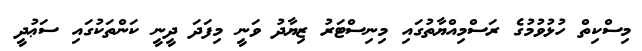
މިސްކިތް ހުޅުވުމުގެ ރަސްމިއްޔާތުގައި މިނިސްޓަރު ޒިޔާދު ވަނީ މިފަދަ ދީނީ ކަންތަކުގައި ސަޢުދީ